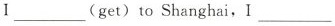
l___(get) to Shanghai, I___